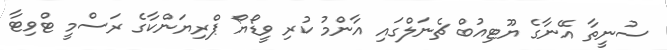
ސުނީތާ އޭނާގެ ޔޫޓިއުބް ޗެނަލްގައި އާންމު ކުރި ވީޑޯޔޯ ޕްރިޔަންކާގެ ރަސްމީ ޓްވިޓާ